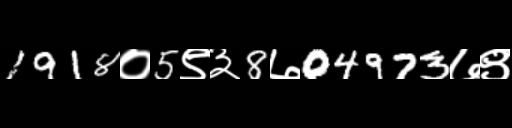
Text: 1918०5९३8७04973७९